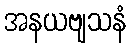
အနယဗျသနံ